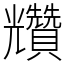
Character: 𧹍